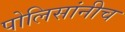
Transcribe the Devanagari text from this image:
पोलिसांनीच